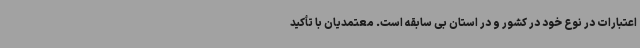
اعتبارات در نوع خود در کشور و در استان بی سابقه است. معتمدیان با تأکید